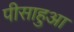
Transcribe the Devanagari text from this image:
पीसाहुआ